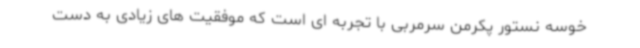
خوسه نستور پکرمن سرمربی با تجربه ای است که موفقیت های زیادی به دست